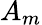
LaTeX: A_{m}